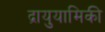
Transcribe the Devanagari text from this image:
द्रायुयामिकी